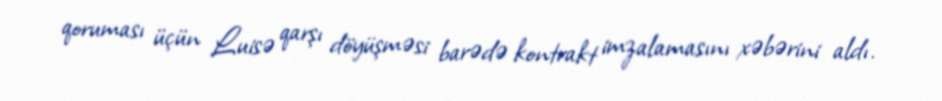
qoruması üçün Luisə qarşı döyüşməsi barədə kontrakt imzalamasını xəbərini aldı.